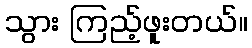
သွား ကြည့်ဖူးတယ်။